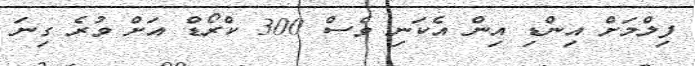
ފިލްމަށް އިންޑި އިން އެކަނި ވެސް 300 ކްރޯޑް އަށް ވުރެ ގިނަ